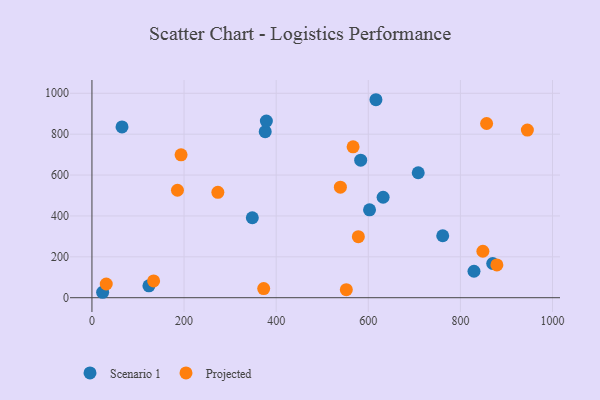
{"axis": {"x": "Engine Size", "y": "Yield"}, "legend": ["Projected", "Scenario 1"], "data": [{"x": "829.5", "y": 129.5, "type": "Scenario 1"}, {"x": "602.7", "y": 430.0, "type": "Scenario 1"}, {"x": "761.6", "y": 303.2, "type": "Scenario 1"}, {"x": "632.2", "y": 491.4, "type": "Scenario 1"}, {"x": "870.1", "y": 167.3, "type": "Scenario 1"}, {"x": "376.2", "y": 812.1, "type": "Scenario 1"}, {"x": "708.4", "y": 611.2, "type": "Scenario 1"}, {"x": "378.7", "y": 864.1, "type": "Scenario 1"}, {"x": "348.2", "y": 391.2, "type": "Scenario 1"}, {"x": "583.5", "y": 672.8, "type": "Scenario 1"}, {"x": "123.7", "y": 58.1, "type": "Scenario 1"}, {"x": "65.3", "y": 835.6, "type": "Scenario 1"}, {"x": "23.2", "y": 26.6, "type": "Scenario 1"}, {"x": "616.6", "y": 968.5, "type": "Scenario 1"}, {"x": "567.0", "y": 737.9, "type": "Projected"}, {"x": "856.9", "y": 852.3, "type": "Projected"}, {"x": "372.9", "y": 44.7, "type": "Projected"}, {"x": "185.7", "y": 525.7, "type": "Projected"}, {"x": "273.4", "y": 515.3, "type": "Projected"}, {"x": "552.3", "y": 39.3, "type": "Projected"}, {"x": "578.4", "y": 298.7, "type": "Projected"}, {"x": "945.4", "y": 820.1, "type": "Projected"}, {"x": "31.1", "y": 67.0, "type": "Projected"}, {"x": "539.4", "y": 540.7, "type": "Projected"}, {"x": "848.8", "y": 227.4, "type": "Projected"}, {"x": "133.9", "y": 82.0, "type": "Projected"}, {"x": "879.2", "y": 160.3, "type": "Projected"}, {"x": "193.5", "y": 698.8, "type": "Projected"}]}